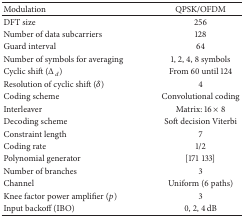
<table><thead><tr><td><b>Modulation </b></td><td><b>QPSK/OFDM</b></td></tr></thead><tbody><tr><td> DFT size </td><td>256</td></tr><tr><td> Number of data subcarriers </td><td>128</td></tr><tr><td> Guard interval </td><td>64</td></tr><tr><td> Number of symbols for averaging </td><td>1, 2, 4, 8 symbols</td></tr><tr><td> Cyclic shift (Δ<sub><i>d</i></sub>) </td><td>From 60 until 124</td></tr><tr><td> Resolution of cyclic shift (δ) </td><td>4</td></tr><tr><td> Coding scheme </td><td>Convolutional coding</td></tr><tr><td> Interleaver </td><td>Matrix: 16 × 8</td></tr><tr><td> Decoding scheme </td><td>Soft decision Viterbi</td></tr><tr><td> Constraint length </td><td>7</td></tr><tr><td> Coding rate </td><td>1/2</td></tr><tr><td> Polynomial generator </td><td>[171133]</td></tr><tr><td> Number of branches </td><td>3</td></tr><tr><td> Channel </td><td>Uniform (6 paths)</td></tr><tr><td> Knee factor power amplifier (<i>p</i>) </td><td>3</td></tr><tr><td> Input backoff (IBO) </td><td>0, 2, 4 dB</td></tr></tbody></table>